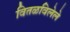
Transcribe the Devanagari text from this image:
वितळविलेले